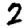
Digit: 2